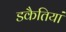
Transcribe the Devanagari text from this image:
डकैतियां